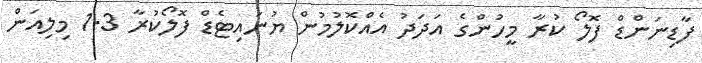
ފާޑިނަންޑް ފޮލޯ ކުރާ މީހުންގެ އަދަދު އެއްކޮލުމުން ޔުނައިޓެޑް ފޮލޯކުރާ 1.3 މިލިއަން